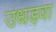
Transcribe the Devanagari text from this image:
उधड़वा